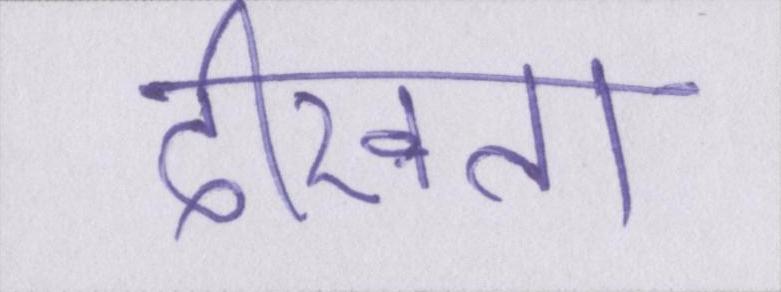
दीखता